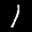
Label: 1